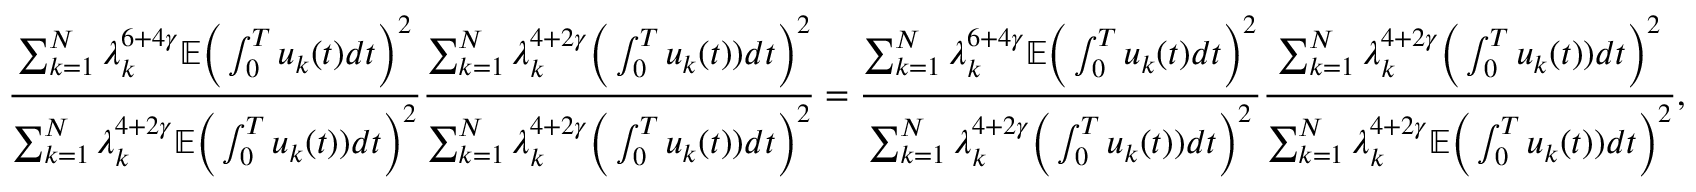
\frac { \sum _ { k = 1 } ^ { N } \lambda _ { k } ^ { 6 + 4 \gamma } \mathbb E \Big ( \int _ { 0 } ^ { T } u _ { k } ( t ) d t \Big ) ^ { 2 } } { \sum _ { k = 1 } ^ { N } \lambda _ { k } ^ { 4 + 2 \gamma } \mathbb E \Big ( \int _ { 0 } ^ { T } u _ { k } ( t ) ) d t \Big ) ^ { 2 } } \frac { \sum _ { k = 1 } ^ { N } \lambda _ { k } ^ { 4 + 2 \gamma } \Big ( \int _ { 0 } ^ { T } u _ { k } ( t ) ) d t \Big ) ^ { 2 } } { \sum _ { k = 1 } ^ { N } \lambda _ { k } ^ { 4 + 2 \gamma } \Big ( \int _ { 0 } ^ { T } u _ { k } ( t ) ) d t \Big ) ^ { 2 } } = \frac { \sum _ { k = 1 } ^ { N } \lambda _ { k } ^ { 6 + 4 \gamma } \mathbb E \Big ( \int _ { 0 } ^ { T } u _ { k } ( t ) d t \Big ) ^ { 2 } } { \sum _ { k = 1 } ^ { N } \lambda _ { k } ^ { 4 + 2 \gamma } \Big ( \int _ { 0 } ^ { T } u _ { k } ( t ) ) d t \Big ) ^ { 2 } } \frac { \sum _ { k = 1 } ^ { N } \lambda _ { k } ^ { 4 + 2 \gamma } \Big ( \int _ { 0 } ^ { T } u _ { k } ( t ) ) d t \Big ) ^ { 2 } } { \sum _ { k = 1 } ^ { N } \lambda _ { k } ^ { 4 + 2 \gamma } \mathbb E \Big ( \int _ { 0 } ^ { T } u _ { k } ( t ) ) d t \Big ) ^ { 2 } } ,